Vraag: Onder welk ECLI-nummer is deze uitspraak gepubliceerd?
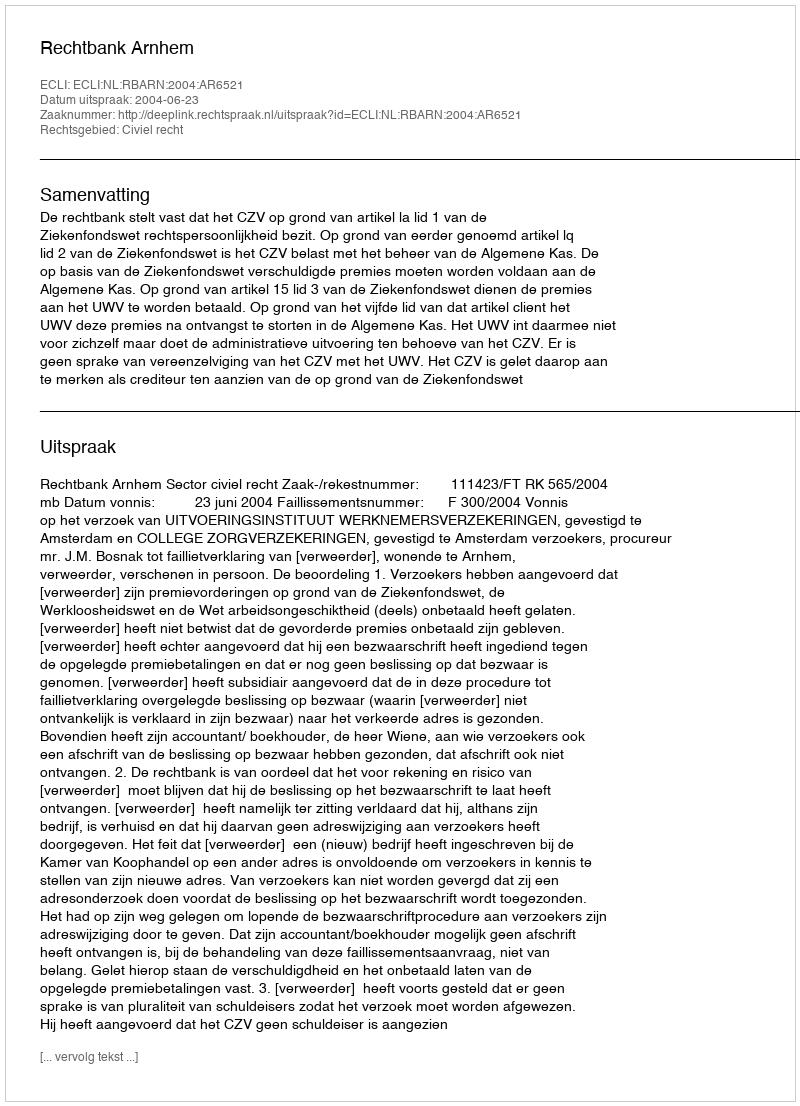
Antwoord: ECLI:NL:RBARN:2004:AR6521